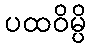
ပထဝိမ္ပိ